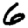
Digit: 6